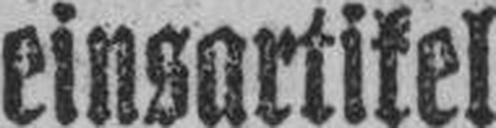
einsartikel